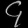
Digit: ၄